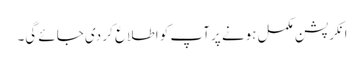
انکرپشن مکمل ہونے پر آپ کو اطلاع کر دی جائے گی۔